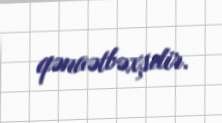
qənaətbəxşdir.